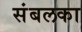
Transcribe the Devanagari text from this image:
संबलका